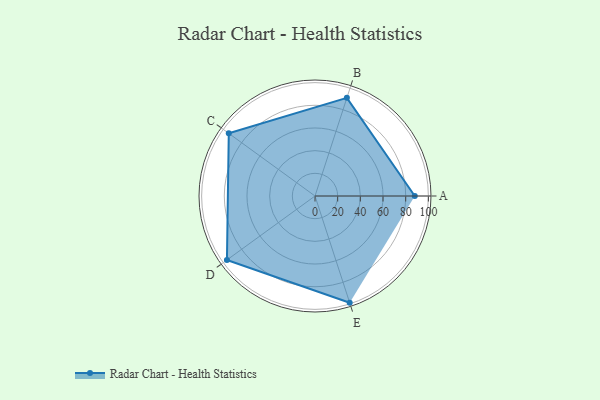
{"axis": {"x": "Skill", "y": "Score"}, "legend": ["Profile"], "data": [{"x": "A", "y": 88.0, "type": "Profile"}, {"x": "B", "y": 91.0, "type": "Profile"}, {"x": "C", "y": 94.0, "type": "Profile"}, {"x": "D", "y": 96.0, "type": "Profile"}, {"x": "E", "y": 99, "type": "Profile"}]}